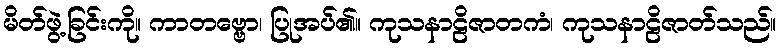
မိတ်ဖွဲ့ခြင်းကို။ ကာတဗ္ဗော၊ ပြုအပ်၏။ ကုသနာဠိဇာတကံ၊ ကုသနာဠိဇာတ်သည်။